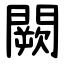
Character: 闕